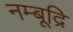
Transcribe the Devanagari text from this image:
नम्बूद्रि